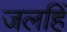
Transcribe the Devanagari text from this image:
जलहिं